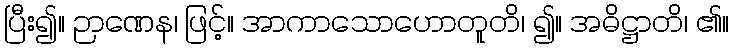
ပြီး၍။ ဉာဏေန၊ ဖြင့်။ အာကာသောဟောတူတိ၊ ၍။ အဓိဋ္ဌာတိ၊ ၏။